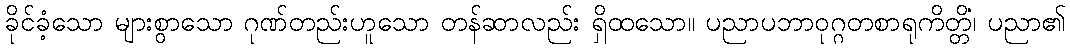
ခိုင်ခံ့သော များစွာသော ဂုဏ်တည်းဟူသော တန်ဆာလည်း ရှိထသော။ ပညာပဘာဝုဂ္ဂတစာရုကိတ္တိံ၊ ပညာ၏